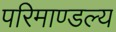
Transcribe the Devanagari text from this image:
परिमाण्डल्य